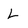
Character: L